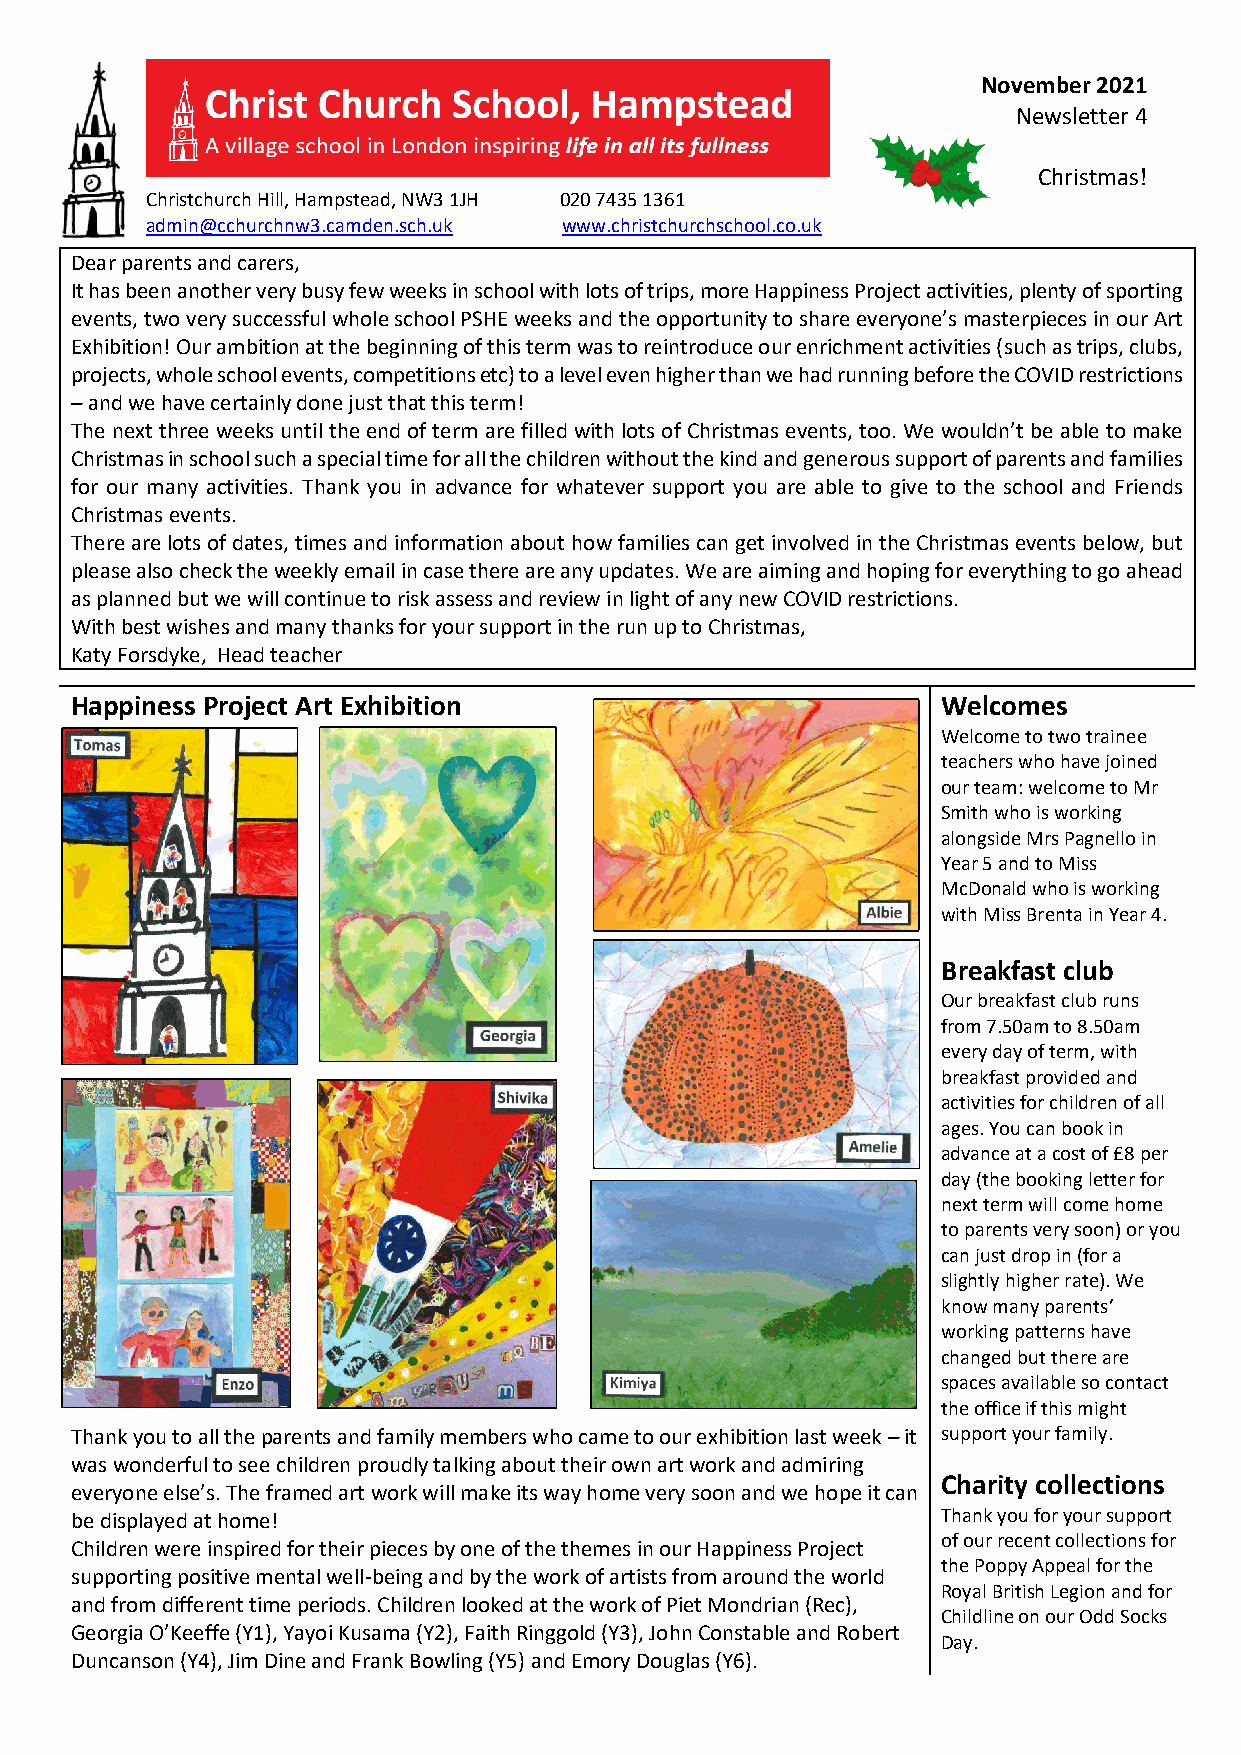
November 2021
 Newsletter 4
 Christmas!
 Christchurch Hill, Hampstead, NW3 1JH 020 7435 1361
 admin@cchurchnw3.camden.sch.uk www.christchurchschool.co.uk
 Dear parents and carers,
 It has been another very busy few weeks in school with lots of trips, more Happiness Project activities, plenty of sporting
 events, two very successful whole school PSHE weeks and the opportunity to share everyone’s masterpieces in our Art
 Exhibition! Our ambition at the beginning of this term was to reintroduce our enrichment activities (such as trips, clubs,
 projects, whole school events, competitions etc) to a level even higher than we had running before the COVID restrictions
 – and we have certainly done just that this term!
 The next three weeks until the end of term are filled with lots of Christmas events, too. We wouldn’t be able to make
 Christmas in school such a special time for all the children without the kind and generous support of parents and families
 for our many activities. Thank you in advance for whatever support you are able to give to the school and Friends
 Christmas events.
 There are lots of dates, times and information about how families can get involved in the Christmas events below, but
 please also check the weekly email in case there are any updates. We are aiming and hoping for everything to go ahead
 as planned but we will continue to risk assess and review in light of any new COVID restrictions.
 With best wishes and many thanks for your support in the run up to Christmas,
 Katy Forsdyke, Head teacher
 Happiness Project Art Exhibition                         Welcomes
 Welcome to two trainee
 teachers who have joined
 our team: welcome to Mr
 Smith who is working
 alongside Mrs Pagnello in
 Year 5 and to Miss
 McDonald who is working
 with Miss Brenta in Year 4.
 Breakfast club
 Our breakfast club runs
 from 7.50am to 8.50am
 every day of term, with
 breakfast provided and
 activities for children of all
 ages. You can book in
 advance at a cost of £8 per
 day (the booking letter for
 next term will come home
 to parents very soon) or you
 can just drop in (for a
 slightly higher rate). We
 know many parents’
 working patterns have
 changed but there are
 spaces available so contact
 the office if this might
 Thank you to all the parents and family members who came to our exhibition last week – it support your family.
 was wonderful to see children proudly talking about their own art work and admiring
 Charity collections
 everyone else’s. The framed art work will make its way home very soon and we hope it can
 be displayed at home!                                    Thank you for your support
 of our recent collections for
 Children were inspired for their pieces by one of the themes in our Happiness Project
 the Poppy Appeal for the
 supporting positive mental well-being and by the work of artists from around the world
 Royal British Legion and for
 and from different time periods. Children looked at the work of Piet Mondrian (Rec),
 Childline on our Odd Socks
 Georgia O’Keeffe (Y1), Yayoi Kusama (Y2), Faith Ringgold (Y3), John Constable and Robert
 Day.
 Duncanson (Y4), Jim Dine and Frank Bowling (Y5) and Emory Douglas (Y6).